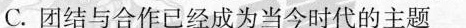
C.团结与合作已经成为当今时代的主题